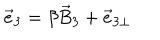
LaTeX: { \vec { e } } _ { 3 } = \beta { \vec { B } } _ { 3 } + { \vec { e } } _ { 3 \perp }